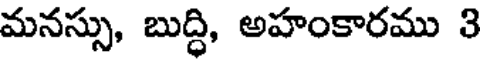
మనస్సు, బుద్ధి, అహంకారము 3